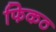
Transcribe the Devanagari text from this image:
फिकठ